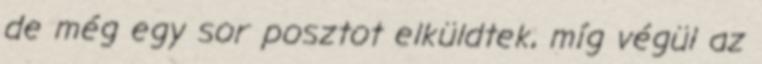
de még egy sor posztot elküldtek, míg végül az